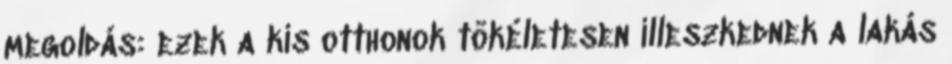
megoldás: ezek a kis otthonok tökéletesen illeszkednek a lakás